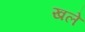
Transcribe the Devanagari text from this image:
खले